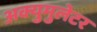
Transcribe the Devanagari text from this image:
अक्युमुलेटर